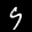
Label: 9